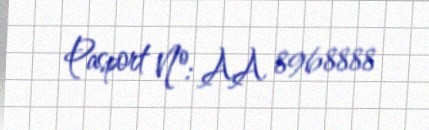
Pasport №: AA 8968888